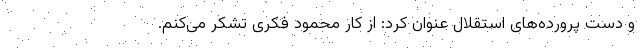
و دست پرورده‌های استقلال عنوان کرد: از کار محمود فکری تشکر می‌کنم.